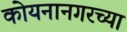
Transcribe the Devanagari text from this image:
कोयनानगरच्या